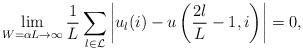
LaTeX: \begin{align*}\lim_{W=\alpha L\to\infty}\frac{1}{L}\sum_{l\in\mathcal{L}}\left| u_{l}(i) - u\left( \frac{2l}{L} - 1,i \right)\right|=0, \end{align*}